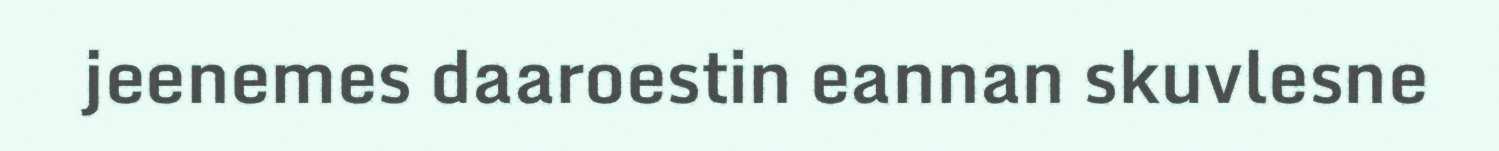
jeenemes daaroestin eannan skuvlesne